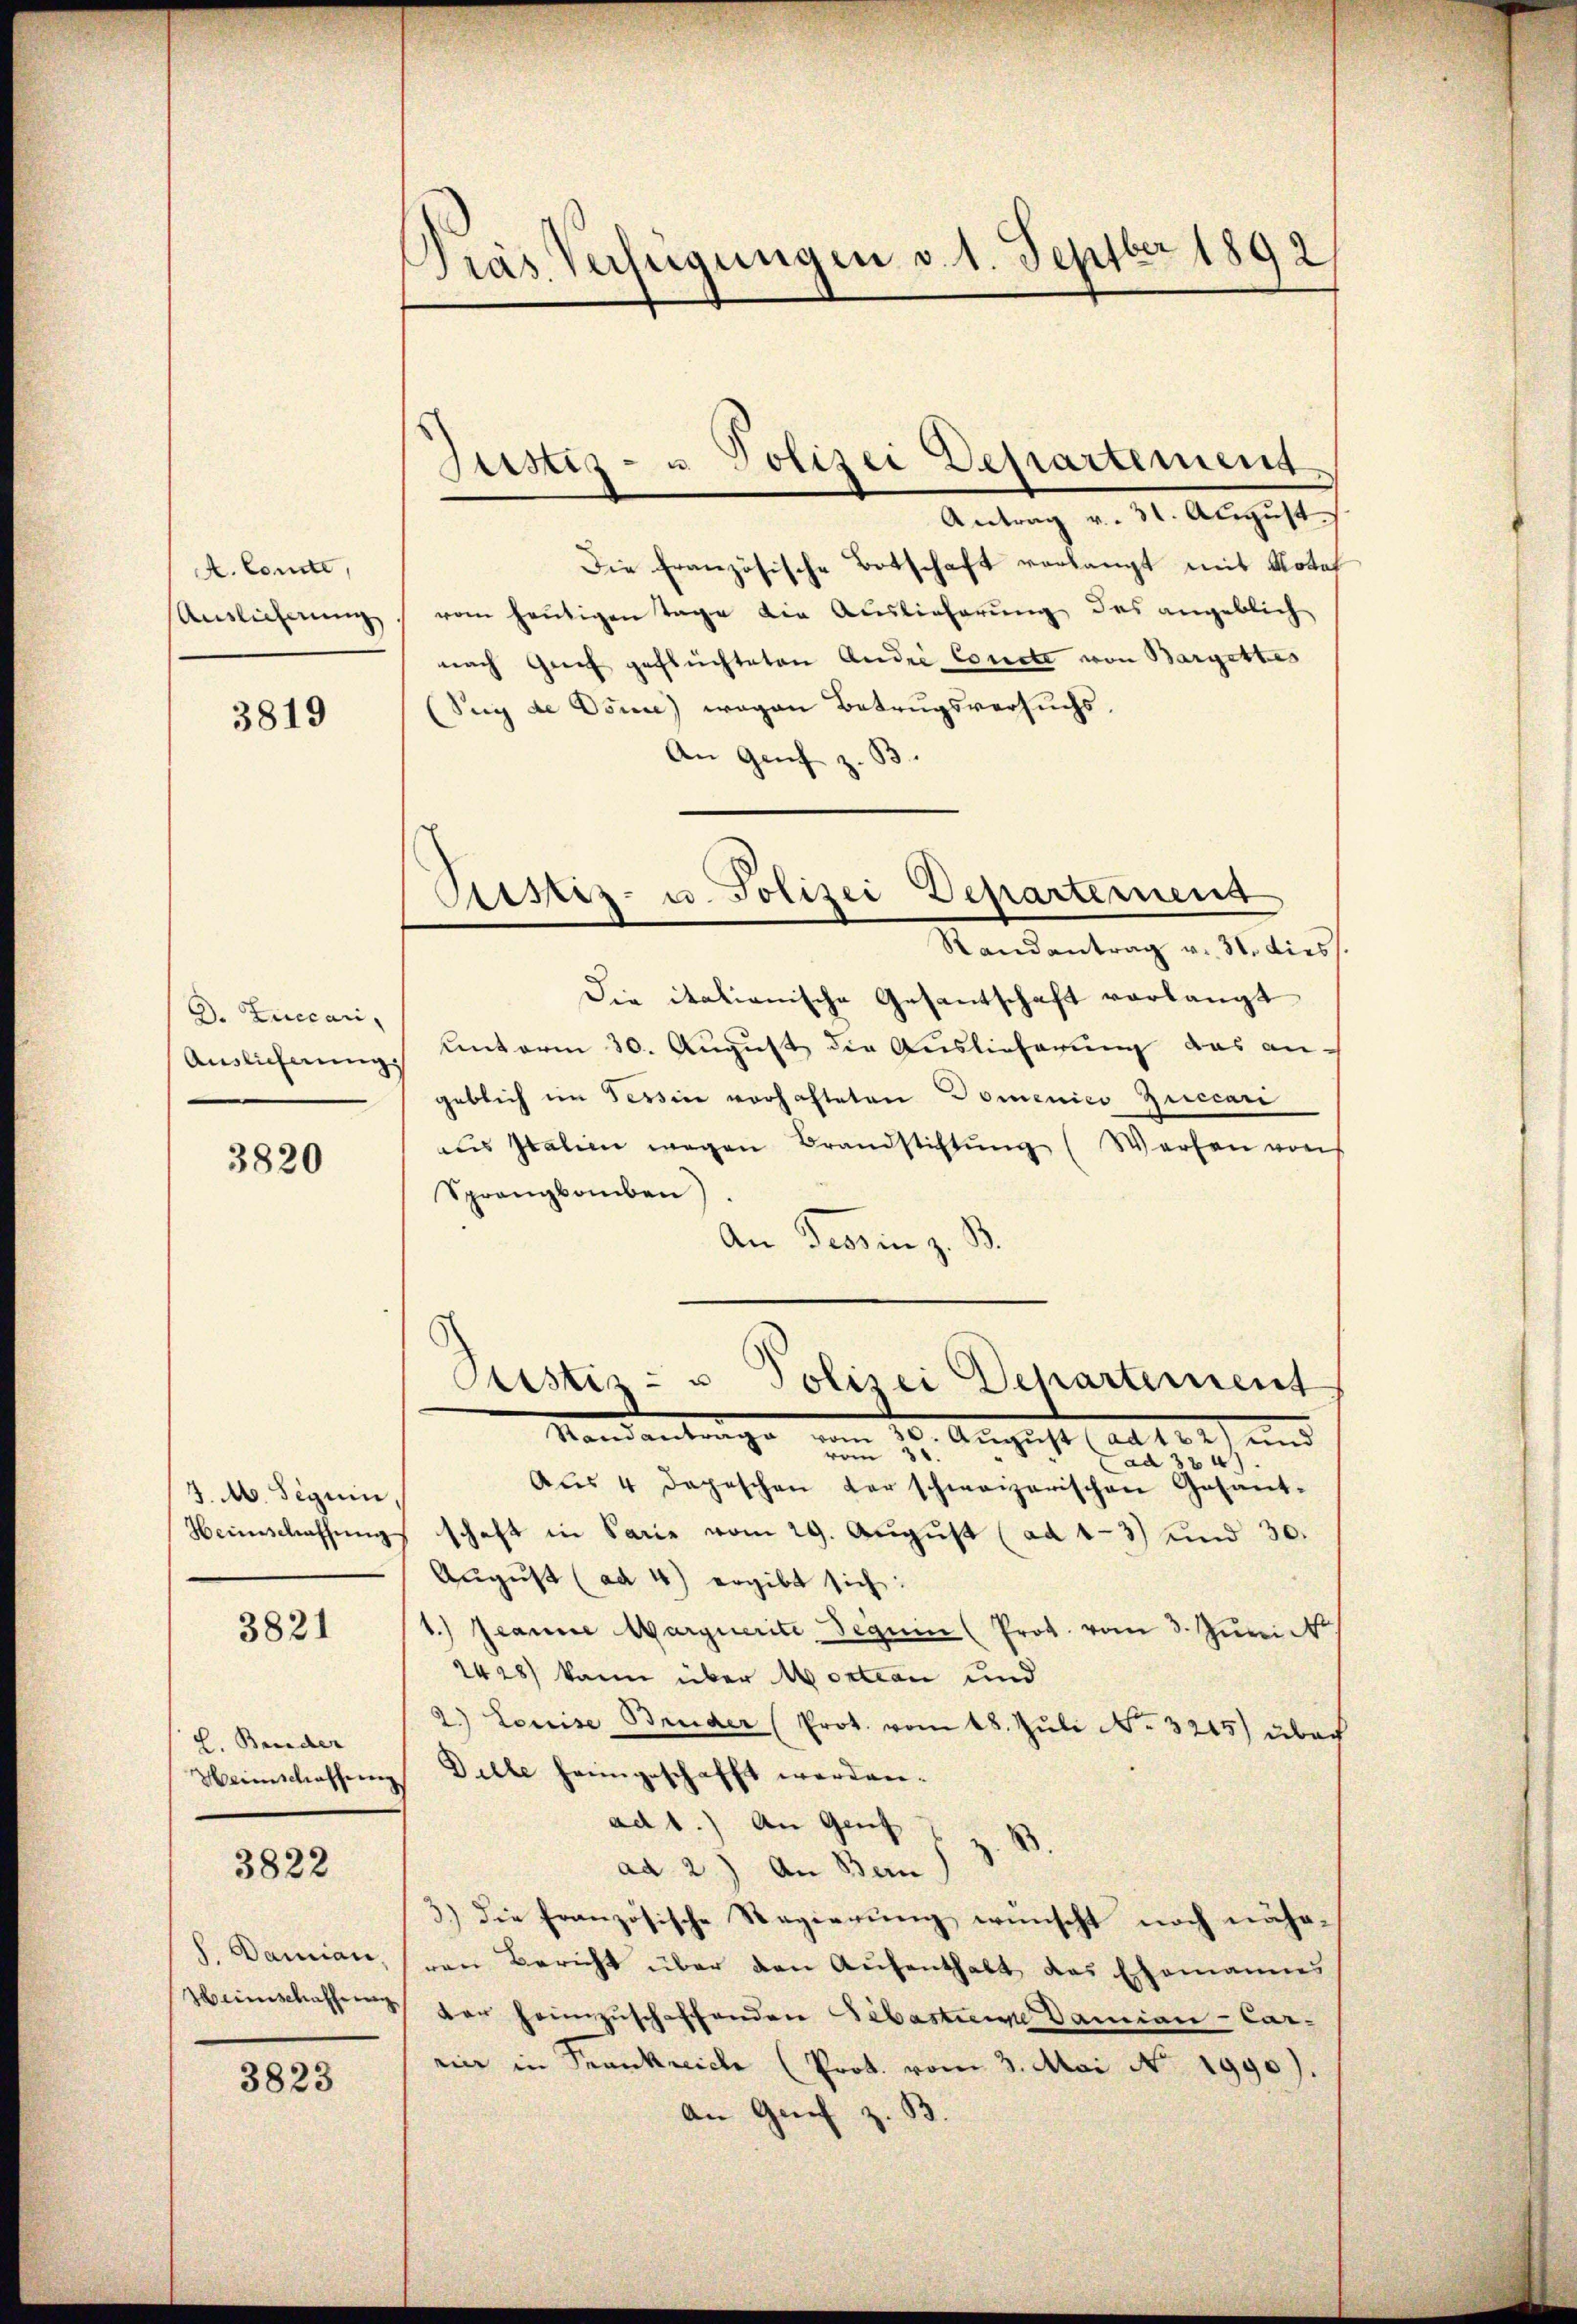
A. Comte,
Auslieferung

3819

D. Luccari
Auslieferung

3820

J. M. Seguin,
Weinschaffung

3821

L. Bunder
Heimschaffung

3822

s. Damian,
Heimschaffung

3823

Pras Verfügungen v. 1. Septber 1892

Antrag v. 31. August.
Die französische Botschaft verlangt mit Note
vom heutigen Tage die Auslieferung des angeblich
nach Greif geflüchteten Andre Concte von Bargettes
(Sey de Osice) wegen Betrugsversuchs.
An Genf z. B.
Die italianische Gesantschaft verlangt
Unterm 30. August die Auslieferung das an-
geblich im Tessin vorhafteten Domenico Zuccari
as Italien wegen Brandstiftŭng (Werfen von
Sprangbauben
An Tessin z. B.
Custiz- u Polizei Departement
Mandantrage vom 10. August ad 104) und
ad 324
Aus 4 Depeschen derschweizerischen Gesant-
schaft in Paris vom 29. August (ad 43) und 30.
August (ad 4) ergibt sich:
1.) Jeanne Marquerite seguin (Prot. vom 3. Juni
2428) kann über Mortian und
2.) Louise Bruder (Prot. vom 18. Jŭli No 3245) über
Dille heimgeschafft werden.
ad 1.) An Genf
ad 2) An Bern
3.) Die französische Regierung wünscht noch näheren Bericht über den Aufenthalt das Ehemannes
dar heimzuschaffenden Sebastiere Damian - Car-
rii in Frankreiche (Prot. vom 3. Mai No 1990).
An Genf z. B.

Justiz- u Polizei Departement

Ristiz- u. Polizei Departement
Randantrag v. 31. dies